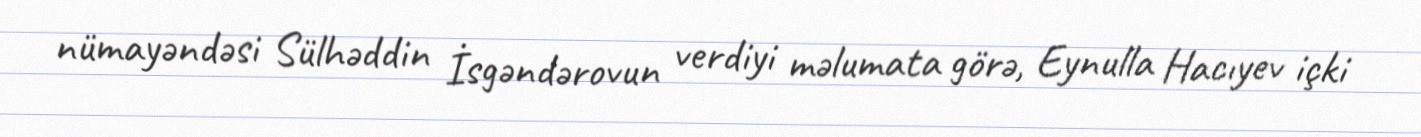
nümayəndəsi Sülhəddin İsgəndərovun verdiyi məlumata görə, Eynulla Hacıyev içki